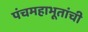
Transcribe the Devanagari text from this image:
पंचमहाभूतांची